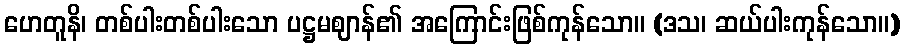
ဟေတူနိ၊ တစ်ပါးတစ်ပါးသော ပဋ္ဌမဈာန်၏ အကြောင်းဖြစ်ကုန်သော။ (ဒသ၊ ဆယ်ပါးကုန်သော။)